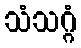
သံသဂ္ဂံ